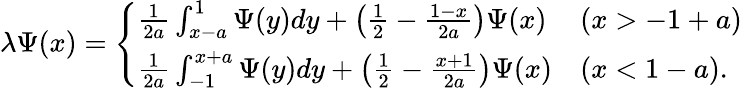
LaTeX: \begin{array}{r}{\lambda\Psi(x)=\left\{ \begin{array}{ll}{\frac{1}{2a}\int_{x-a}^{1}\Psi(y)dy+\left(\frac{1}{2}-\frac{1-x}{2a}\right)\Psi(x)}&{(x>-1+a)}\\ {\frac{1}{2a}\int_{-1}^{x+a}\Psi(y)dy+\left(\frac{1}{2}-\frac{x+1}{2a}\right)\Psi(x)}&{(x<1-a).}\end{array}\right.}\end{array}